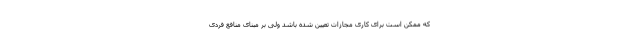
که ممکن است برای کاری مجازات تعیین شده باشد ولی بر مبنای منافع فردی